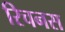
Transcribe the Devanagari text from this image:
रिचनस